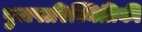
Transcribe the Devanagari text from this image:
पुरापारिस्थितिकी